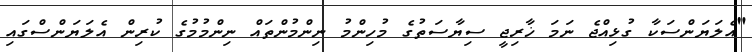
"އެލަޔަންސަކާ ގުޅިއްޖެ ނަމަ ޚާރިޖީ ސިޔާސަތުގެ މުހިންމު ނިންމުންތައް ނިންމުމުގެ ކުރިން އެލަޔަންސްގައި